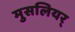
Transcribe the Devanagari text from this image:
मुसलियर्